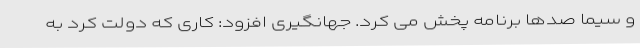
و سیما صدها برنامه پخش می کرد. جهانگیری افزود: کاری که دولت کرد به